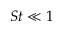
S t \ll 1